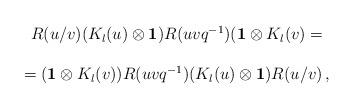
LaTeX: \begin{align*}\begin{array}{c}R(u/v)(K_l (u)\otimes {\bf 1})R(uvq^{-1})({\bf 1}\otimes K_l (v)= \\ \\=({\bf 1}\otimes K_l (v))R(uvq^{-1})(K_l (u)\otimes {\bf 1})R(u/v)\,,\end{array}\end{align*}